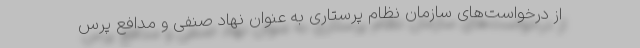
از درخواست‌های سازمان نظام پرستاری به عنوان نهاد صنفی و مدافع پرس